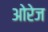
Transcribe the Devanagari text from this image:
ओरेज